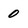
Character: 0